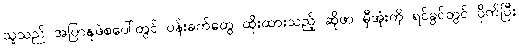
သူသည် အပြာနုဖဲစပေါ်တွင် ပန်းခက်တွေ ထိုးထားသည့် ဆိုဖာ မှီအုံးကို ရင်ခွင်တွင် ပိုက်ပြီး